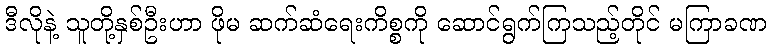
ဒီလိုနဲ့ သူတို့နှစ်ဦးဟာ ဖိုမ ဆက်ဆံရေးကိစ္စကို ဆောင်ရွက်ကြသည့်တိုင် မကြာခဏ